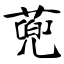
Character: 蔸